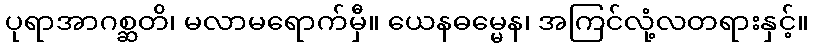
ပုရာအာဂစ္ဆတိ၊ မလာမရောက်မှီ။ ယေနဓမ္မေန၊ အကြင်လုံ့လတရားနှင့်။